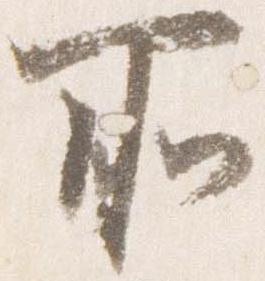
所